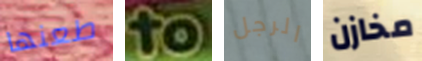
طعنها to الرجل مخازن